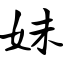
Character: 妹